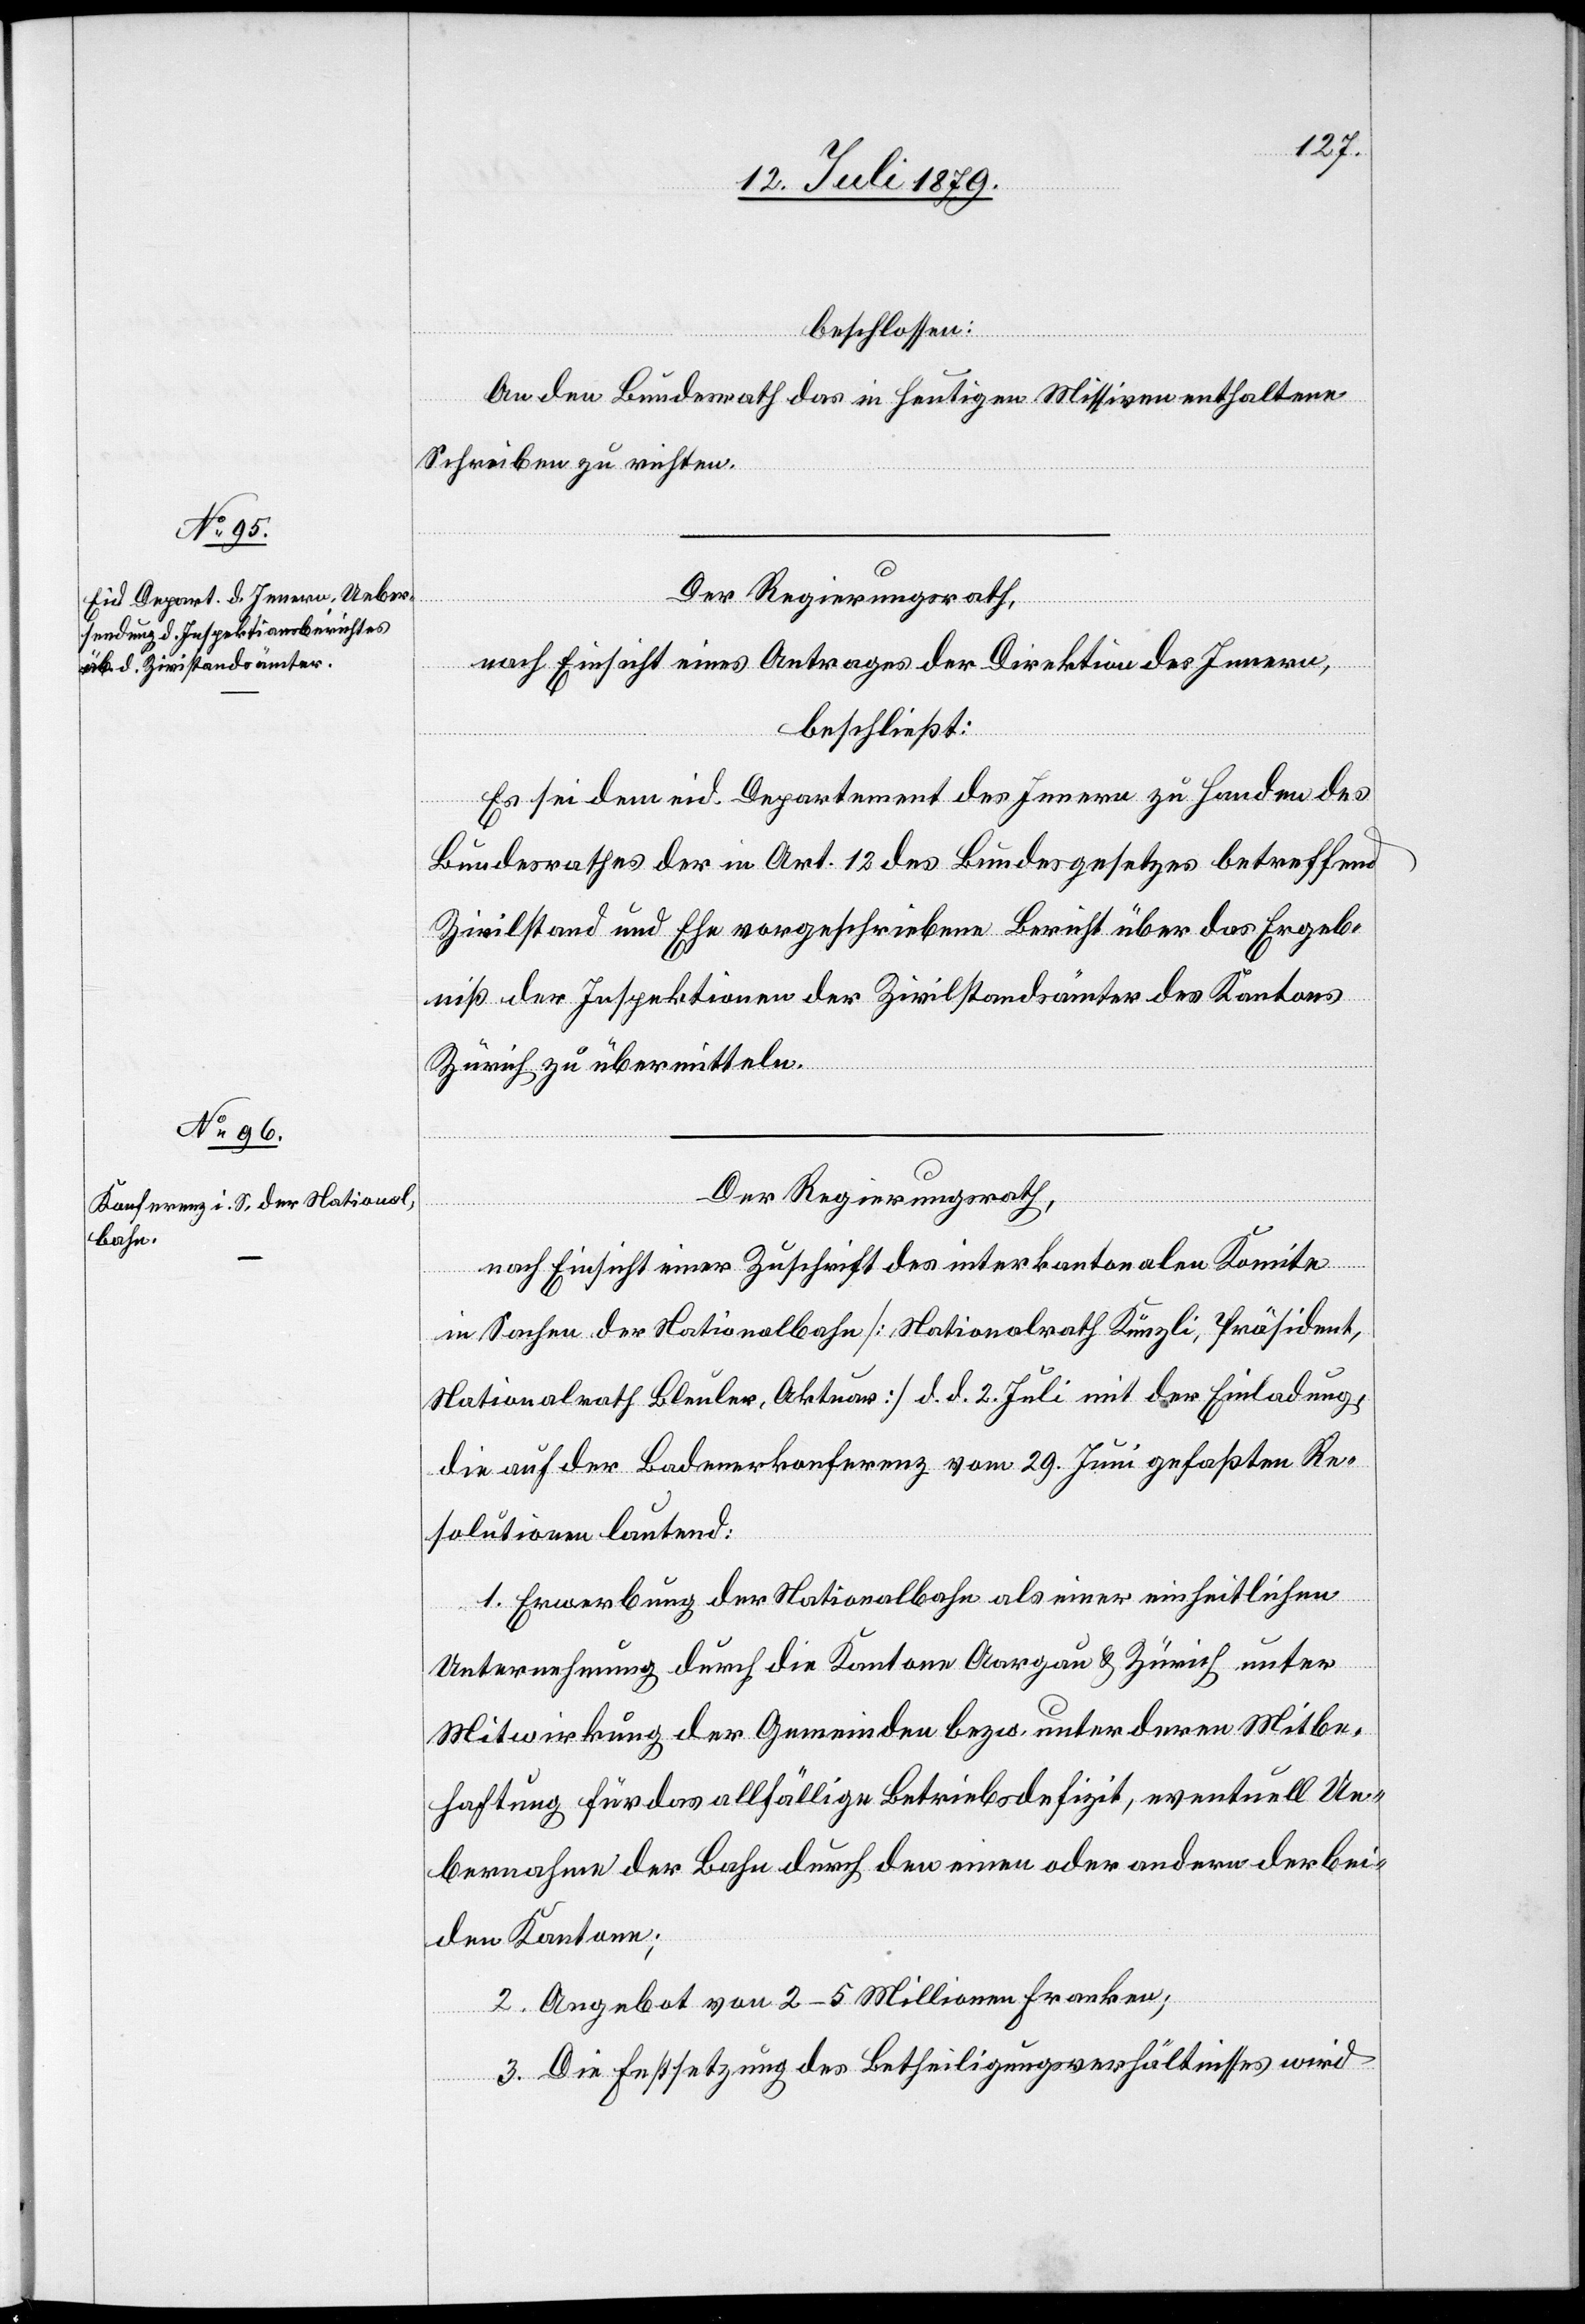
beschlossen:
An den Bundesrath das in heutigen Missiven enthaltene
Schreiben zu richten.
nach Einsicht eines Antrages der Direktion des Innern,
beschließt:
Es sei dem eid. Departement des Innern zu Handen des
Bundesrathes der in Art. 12 des Bundesgesetzes betreffend
Zivilstand und Ehe vorgeschriebene Bericht über das Ergeb¬
niß der Inspektionen der Zivilstandsämter des Kantons
Zürich zu übermitteln.
Der Regierungsrath,
nach Einsicht einer Zuschrift des interkantonalen Komite
in Sachen der Nationalbahn [Nationalrath Künzli, Präsident,
Nationalrath Bleuler, Aktuar] d. d. 2. Juli mit der Einladung,
die auf der Badenerkonferenz vom 29. Juni gefaßten Re¬
solutionen lautend:
1. Erwerbung der Nationalbahn als einer einheitlichen
Unternehmung durch die Kantone Aargau & Zürich unter
Mitwirkung der Gemeinden bezw. unter deren Mitbe¬
haftung für das allfällige Betriebsdefizit, eventuell Ue¬
bernahme der Bahn durch den einen oder andern der bei¬
den Kantone;
2. Angebot von 2–5 Millionen Franken;
3. Die Festsetzung des Betheiligungsverhältnisses wird